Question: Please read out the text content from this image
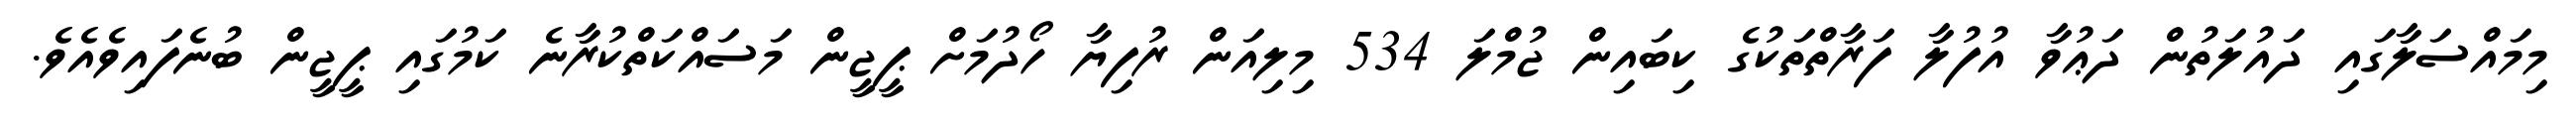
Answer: މިމައްސަލާގައި ދައުލަތުން ދަޢުވާ އުފުލާ ފަރާތްތަކުގެ ކިބައިން ޖުމްލަ 534 މިލިއަން ރުފިޔާ ހޯދުމަށް ޕީޖީން މަސައްކަތްކުރާނެ ކަމުގައި ޕީޖީން ބުނެފައިވެއެވެ.